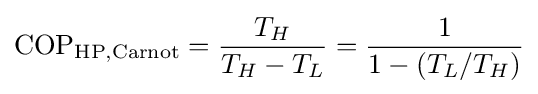
{\rm {COP_{HP,Carnot}}}={\frac {T_{H}}{T_{H}-T_{L}}}={\frac {1}{1-(T_{L}/T_{H})}}